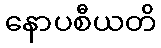
နောပစီယတိ